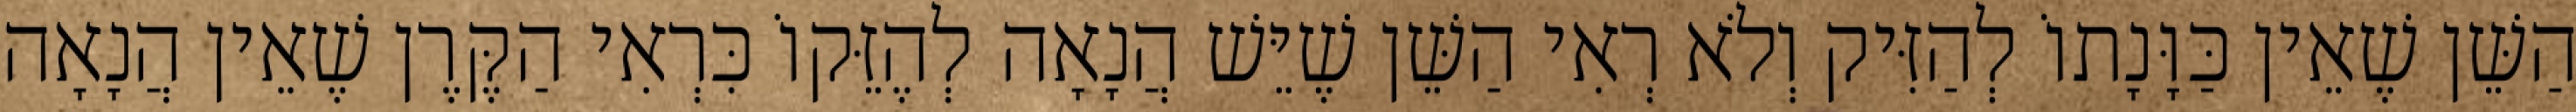
הַשֵּׁן שֶׁאֵין כַּוָּנָתוֹ לְהַזִּיק וְלֹא רְאִי הַשֵּׁן שֶׁיֵּשׁ הֲנָאָה לְהֶזֵּקוֹ כִּרְאִי הַקֶּרֶן שֶׁאֵין הֲנָאָה